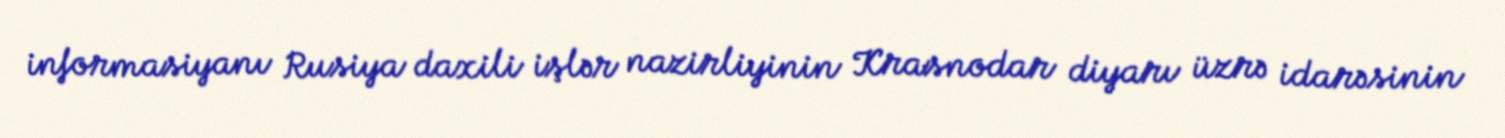
informasiyanı Rusiya daxili işlər nazirliyinin Krasnodar diyarı üzrə idarəsinin